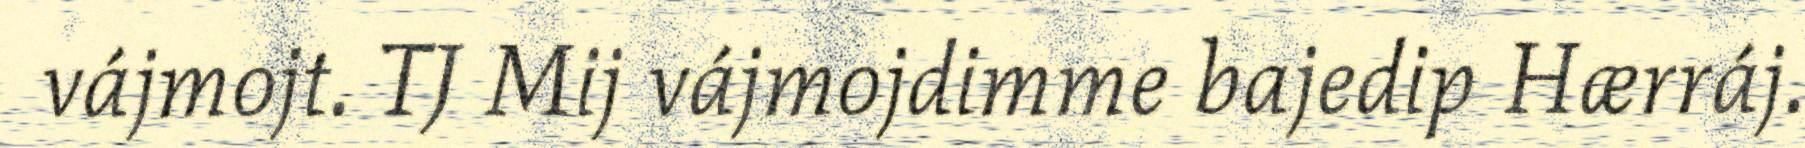
vájmojt. TJ Mij vájmojdimme bajedip Hærráj.